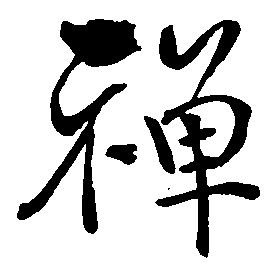
禅